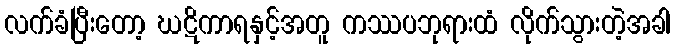
လက်ခံပြီးတော့ ဃဋိကာရနှင့်အတူ ကဿပဘုရားထံ လိုက်သွားတဲ့အခါ